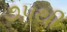
૭૫થી